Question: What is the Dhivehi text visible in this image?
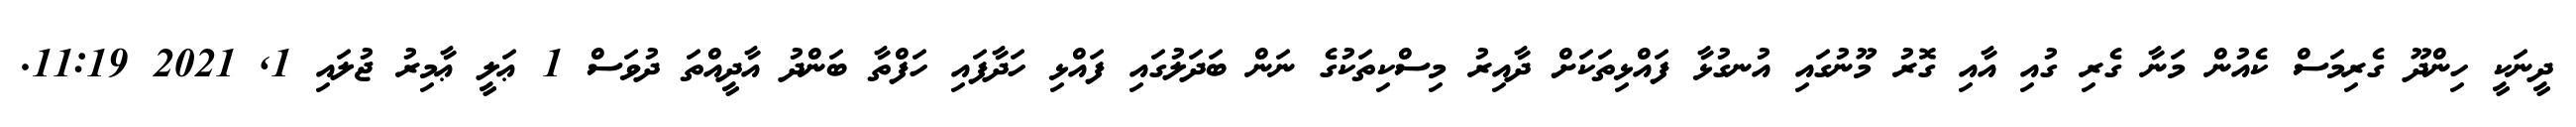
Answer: ދީނަކީ ހިންދޫ ގެރިމަސް ކެއުން މަނާ ގެރި ގުއި އާއި ގޮރު މޫނުގައި އުނގުޅާ ފައްޅިތަކަށް ދާއިރު މިސްކިތަކުގެ ނަން ބަދަލުގައި ފައްޅި ހަދާފައި ހަފްތާ ބަންދު އާދީއްތަ ދުވަސް 1 ޢަލީ ޢާމިރު ޖުލައި 1, 2021 11:19.